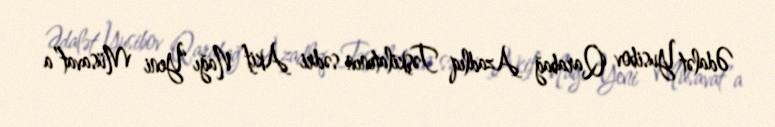
Ədalət Yusibov Qarabağ Azadlıq Təşkilatının sədri Akif Nağı “Yeni Müsavat”a